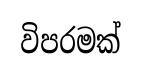
විපරමක්